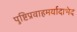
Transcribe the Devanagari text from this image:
पुष्टिप्रवाहमर्यादाभेद